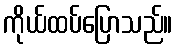
ကိုယ်ထပ်ပြောသည်။